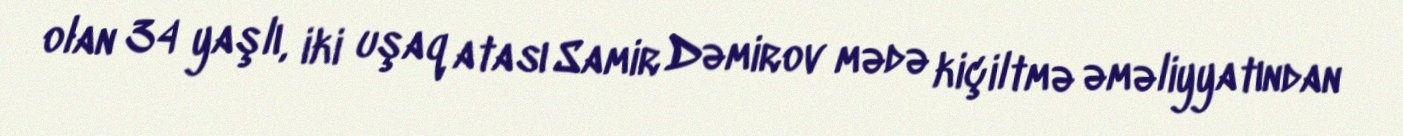
olan 34 yaşlı, iki uşaq atası Samir Dəmirov mədə kiçiltmə əməliyyatından